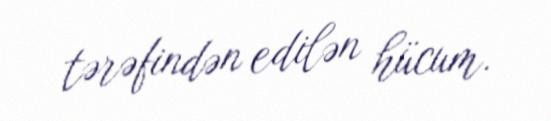
tərəfindən edilən hücum.